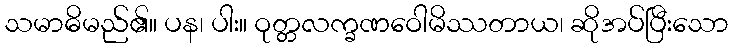
သမာဓိမည်၏။ ပန၊ ပါး။ ဝုတ္တလက္ခဏဝေါမိဿတာယ၊ ဆိုအပ်ပြီးသော